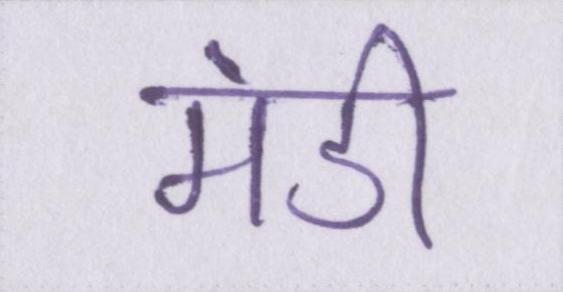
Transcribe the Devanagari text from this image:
मंडी